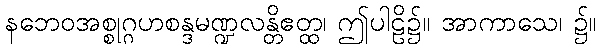
နဘေဝအစ္စုဂ္ဂဟစန္ဒမဏ္ဍလန္တိဧတ္ထ၊ ဤပါဠိ၌။ အာကာသေ၊ ၌။